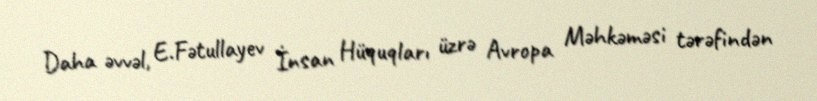
Daha əvvəl, E.Fətullayev İnsan Hüquqları üzrə Avropa Məhkəməsi tərəfindən